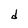
Character: d